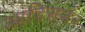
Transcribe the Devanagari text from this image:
आदिसर्जन